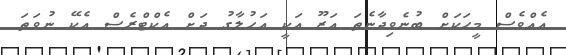
އެއްވެސް މީހަކަށް ބުނެވިދާނެތަ އަޒޫ އަކީ އަހުލާގު ދަށް އެކްޓްރެސް އެކޭ ނުވަތަ